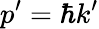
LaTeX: p^{\prime}=\hbar k^{\prime}